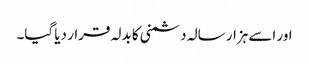
اور اسے ہزار سالہ دشمنی کا بدلہ قرار دیا گیا۔